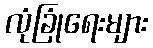
လုံခြုံရေးများ